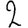
Digit: 2